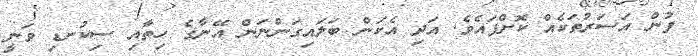
ފުން އަސަރުތަކެއް ކޮށްފައެވެ. އަދި އެކަން ބަލައިގަންނަން އޭނާގެ ހިތާއި ސިކުނޑި ވަނީ